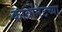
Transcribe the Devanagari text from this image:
कार्बोनेटच्या